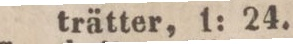
trätter, 1: 24.